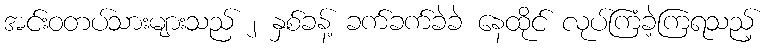
အင်းဝတပ်သားများသည် ၂ နှစ်ခန့် ခက်ခက်ခဲခဲ နေထိုင် လုပ်ကြံခဲ့ကြရသည့်